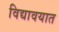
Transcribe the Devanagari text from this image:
विद्यावयात